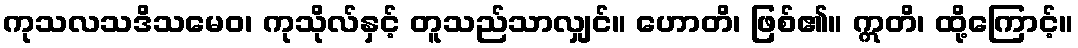
ကုသလသဒိသမေဝ၊ ကုသိုလ်နှင့် တူသည်သာလျှင်။ ဟောတိ၊ ဖြစ်၏။ ဣတိ၊ ထို့ကြောင့်။